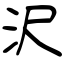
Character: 沢